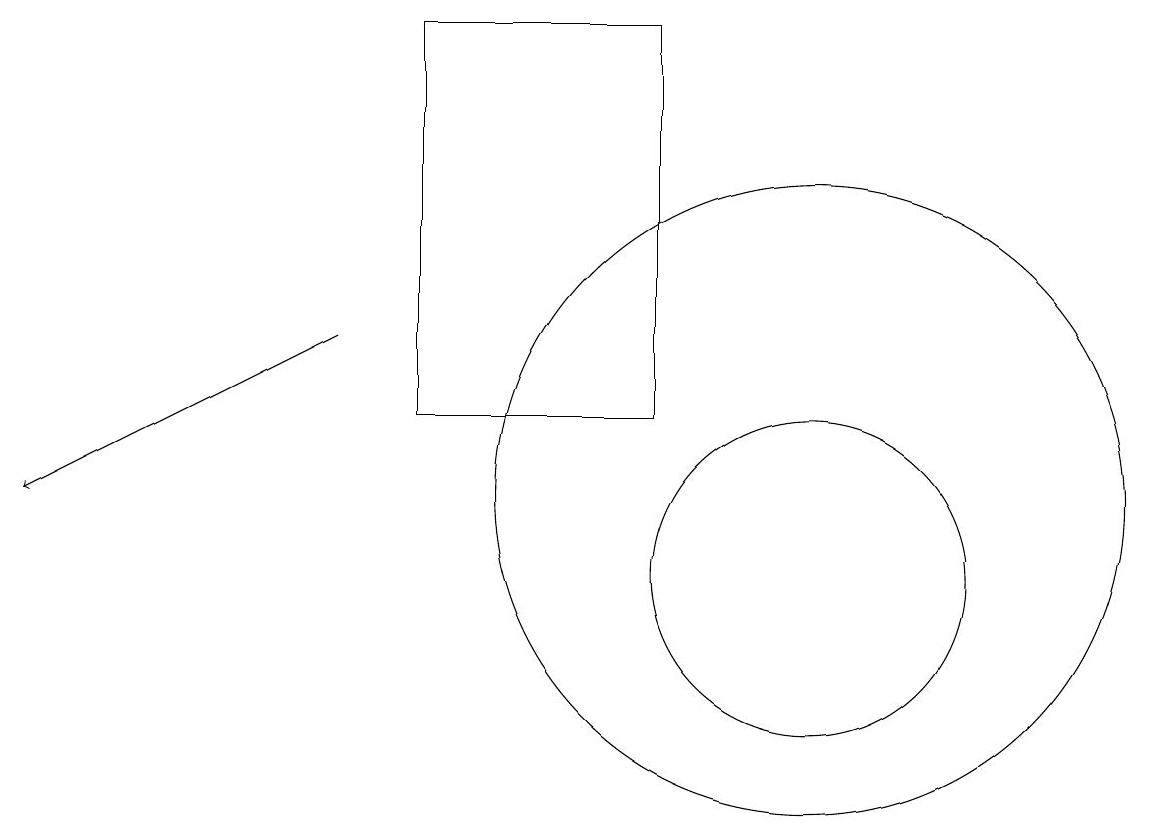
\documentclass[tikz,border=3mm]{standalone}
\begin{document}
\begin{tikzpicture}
\draw (9,17) rectangle (6,12);
\draw (11,11) circle (4);
\draw (11,10) circle (2);
\draw[->] (5,13) -- (1,11);
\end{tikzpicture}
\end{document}